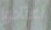
اعتادوا